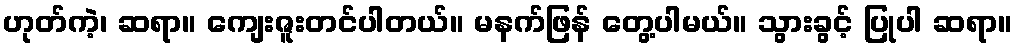
ဟုတ်ကဲ့၊ ဆရာ။ ကျေးဇူးတင်ပါတယ်။ မနက်ဖြန် တွေ့ပါမယ်။ သွားခွင့် ပြုပါ ဆရာ။